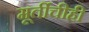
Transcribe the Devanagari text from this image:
मूर्तीचीही